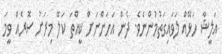
އަލީޝާ ހަޅޭއް ލަވައިގަތުމުންނެވެ. ދެން އަހަންނަށް ކީއްތަ ކަލޭ މިރަށު ސޮރެއް ވީމަ